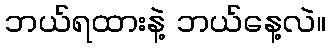
ဘယ်ရထားနဲ့ ဘယ်နေ့လဲ။